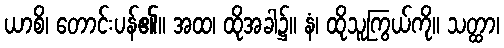
ယာစိ၊ တောင်းပန်၏။ အထ၊ ထိုအခါ၌။ နံ၊ ထိုသူကြွယ်ကို။ သတ္ထာ၊